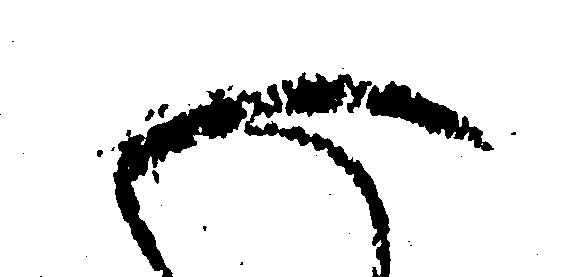
御